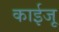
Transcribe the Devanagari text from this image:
काईजू